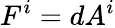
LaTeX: F^{i}=dA^{i}